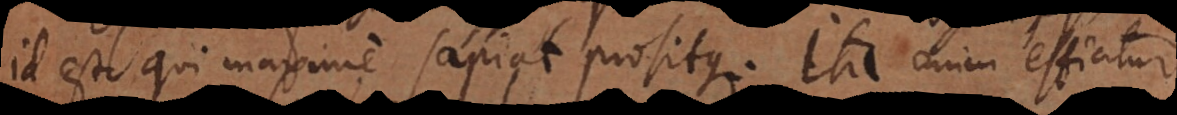
id est qui maxime sapiat prositque. Ita enim efficitur